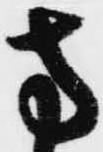
方